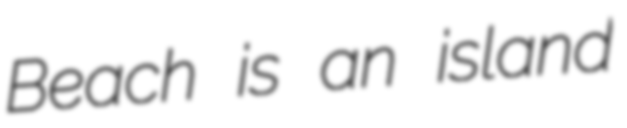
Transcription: Beach is an island